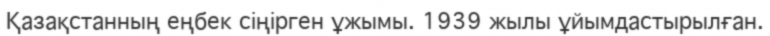
Қазақстанның еңбек сіңірген ұжымы. 1939 жылы ұйымдастырылған.